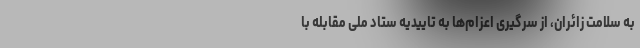
به سلامت زائران، از سرگیری اعزام‌ها به تاییدیه ستاد ملی مقابله با